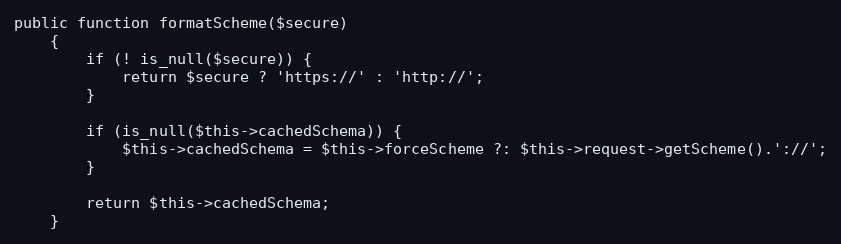
Language: PHP
public function formatScheme($secure)
    {
        if (! is_null($secure)) {
            return $secure ? 'https://' : 'http://';
        }

        if (is_null($this->cachedSchema)) {
            $this->cachedSchema = $this->forceScheme ?: $this->request->getScheme().'://';
        }

        return $this->cachedSchema;
    }